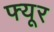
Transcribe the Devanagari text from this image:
फ्यूर